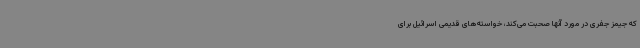
که جیمز جفری در مورد آنها صحبت می‌کند، خواسته‌های قدیمی اسرائیل برای